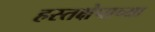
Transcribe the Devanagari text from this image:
हस्तक्षेपाच्या